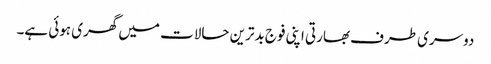
دوسری طرف بھارتی اپنی فوج بدترین حالات میں گھری ہوئی ہے۔